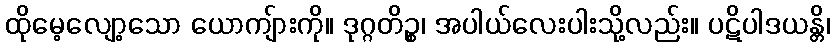
ထိုမေ့လျော့သော ယောကျ်ားကို။ ဒုဂ္ဂတိဉ္စ၊ အပါယ်လေးပါးသို့လည်း။ ပဋိပါဒယန္တိ၊